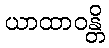
ယာထာဝန္တိ